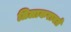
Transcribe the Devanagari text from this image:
तिलाकरानते